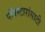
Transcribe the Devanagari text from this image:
पॉपस्टारांसाठी